Civil Veterinary Department Bengal reports 1923-33 - 1923-1933
Year: 1923
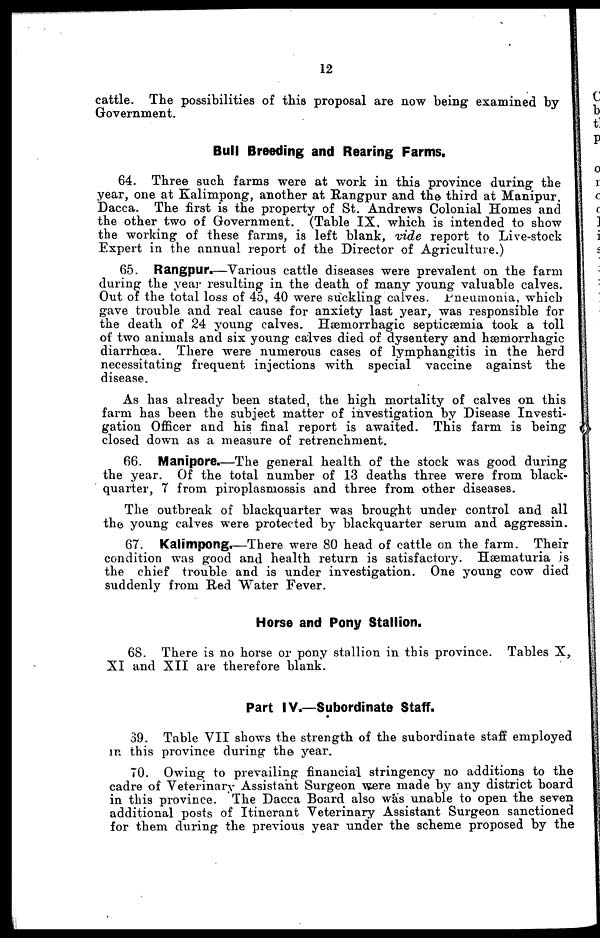
12
cattle. The possibilities of this proposal are now being examined by
Government.
Bull Breeding and Rearing Farms.
64. Three such farms were at work in this province during the
year, one at Kalimpong, another at Rangpur and the third at Manipur,
Dacca. The first is the property of St. Andrews Colonial Homes and
the other two of Government. (Table IX, which is intended to show
the working of these farms, is left blank, vide report to Live-stock
Expert in the annual report of the Director of Agriculture.)
65. Rangpur.—Various cattle diseases were prevalent on the farm
during the year resulting in the death of many young valuable calves.
Out of the total loss of 45, 40 were suckling calves. Pneumonia, which
gave trouble and real cause for anxiety last year, was responsible for
the death of 24 young calves. Hæmorrhagic septicæmia took a toll
of two animals and six young calves died of dysentery and hæmorrhagic
diarrhœa. There were numerous cases of lymphangitis in the herd
necessitating frequent injections with special vaccine against the
disease.
As has already been stated, the high mortality of calves on this
farm has been the subject matter of investigation by Disease Investi-
gation Officer and his final report is awaited. This farm is being
closed down as a measure of retrenchment.
66. Manipore.—The general health of the stock was good during
the year. Of the total number of 13 deaths three were from black-
quarter, 7 from piroplasmossis and three from other diseases.
The outbreak of blackquarter was brought under control and all
the young calves were protected by blackquarter serum and aggressin.
67. Kalimpong.—There were 80 head of cattle on the farm. Their
condition was good and health return is satisfactory. Hæmaturia is
the chief trouble and is under investigation. One young cow died
suddenly from Red Water Fever.
Horse and Pony Stallion.
68. There is no horse or pony stallion in this province. Tables X,
XI and XII are therefore blank.
Part IV.—Subordinate Staff.
39. Table VII shows the strength of the subordinate staff employed
in this province during the year.
70. Owing to prevailing financial stringency no additions to the
cadre of Veterinary Assistant Surgeon were made by any district board
in this province. The Dacca Board also was unable to open the seven
additional posts of Itinerant Veterinary Assistant Surgeon sanctioned
for them during the previous year under the scheme proposed by the